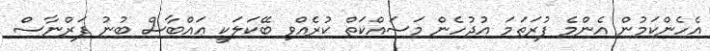
އެހެންކަމުން އެންމެ ފުރަތަމަ އުދުހެން މަސައްކަތް ކުރެއްވި ބޭކަލަކީ ޢައްބާސް ބުނު ފަރްނާސް